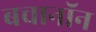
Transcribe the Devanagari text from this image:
बचानॉन